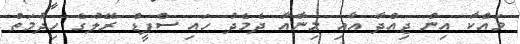
މައްކާ އިން ޖިއްދާ އާއި މިނާއާ ދެމެދު ހައި ސްޕީޑް ރޭލުގެ ހިދުމަތް